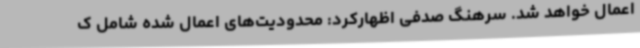
اعمال خواهد شد. سرهنگ صدفی اظهارکرد: محدودیت‌های اعمال شده شامل ک